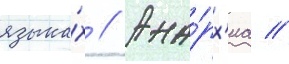
языка́х // Ана́рх'иа //